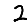
Digit: 2